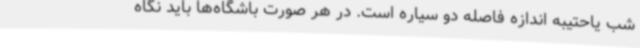
شب یاحتیبه اندازه فاصله دو سیاره است. در هر صورت باشگاه‌ها باید نگاه